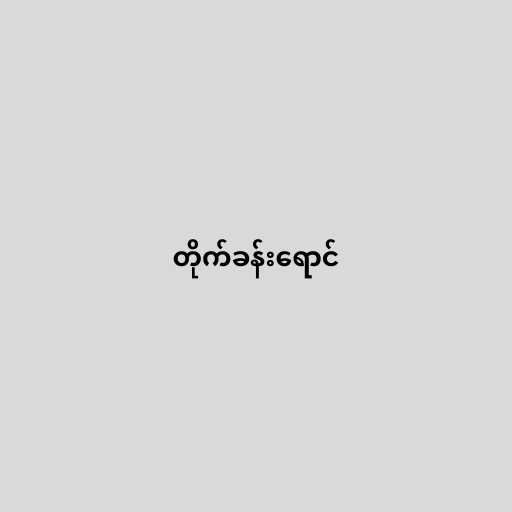
တိုက်ခန်းရောင်